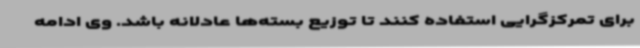
برای تمرکزگرایی استفاده کنند تا توزیع بسته‌ها عادلانه باشد. وی ادامه